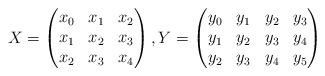
LaTeX: \begin{align*}X = \begin{pmatrix} x_0 & x_1 & x_2 \\ x_1 & x_2 & x_3 \\ x_2 & x_3 & x_4 \end{pmatrix}, Y = \begin{pmatrix} y_0 & y_1 & y_2 & y_3 \\ y_1 & y_2 & y_3 & y_4 \\ y_2 & y_3 & y_4 & y_5 \end{pmatrix} \end{align*}